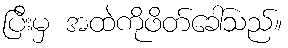
ပြီးမှ အထဲကိုဖိတ်ခေါ်သည်။